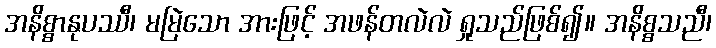
အနိစ္စာနုပဿီ၊ မမြဲသော အားဖြင့် အဖန်တလဲလဲ ရှုသည်ဖြစ်၍။ အနိစ္စသညီ၊